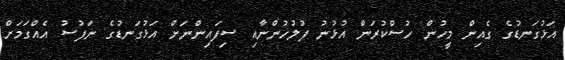
އަޅުގަނޑުގެ ގެއިން މީހުން ހުސްކުރަން އުޅުނު ފުލުހުންނާއި ސިފައިންނަށް އަޅުގަނޑުގެ ނަފުސު އެއްގަމަށް